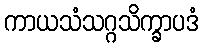
ကာယသံသဂ္ဂသိက္ခာပဒံ